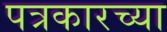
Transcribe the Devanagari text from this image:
पत्रकारच्या